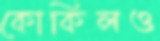
কোকিলও